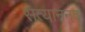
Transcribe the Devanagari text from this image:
सत्याननद